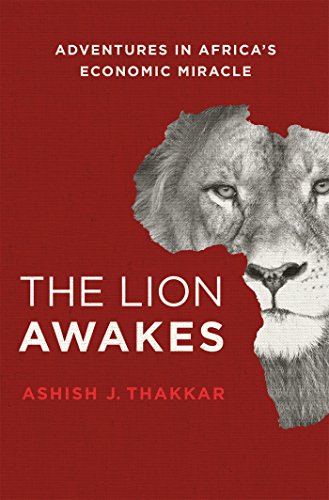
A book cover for The Lion Awakes: Adventures in Africa's Economic Miracle; Ashish J. Thakkar; Business & Money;